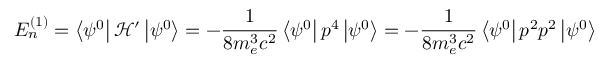
E _ { n } ^ { ( 1 ) } = \left\langle \psi ^ { 0 } \right\vert { \mathcal { H } } ^ { \prime } \left\vert \psi ^ { 0 } \right\rangle = - { \frac { 1 } { 8 m _ { e } ^ { 3 } c ^ { 2 } } } \left\langle \psi ^ { 0 } \right\vert p ^ { 4 } \left\vert \psi ^ { 0 } \right\rangle = - { \frac { 1 } { 8 m _ { e } ^ { 3 } c ^ { 2 } } } \left\langle \psi ^ { 0 } \right\vert p ^ { 2 } p ^ { 2 } \left\vert \psi ^ { 0 } \right\rangle